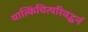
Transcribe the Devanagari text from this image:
यात्किंचित्परिवद्धर्न